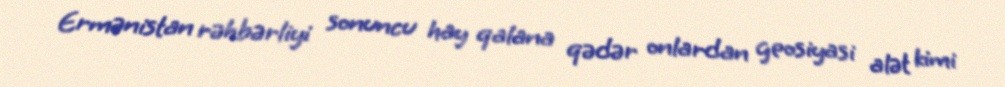
Ermənistan rəhbərliyi sonuncu hay qalana qədər onlardan geosiyasi alət kimi